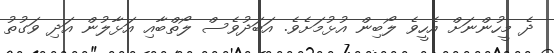
ދެ މީހުންނަށް އެހީވެ ލޯބިން އުޅުމަށެވެ. އަބަދުވެސް ލޯތްބާއި އަޅާލުން އަދި ވަގުތު